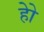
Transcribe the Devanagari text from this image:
हेेो